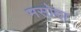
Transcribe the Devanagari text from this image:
मसोदा